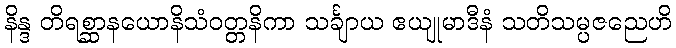
နိန္ဒ တိရစ္ဆာနယောနိသံဝတ္တနိကာ သင်္ချာယ ဧယျုမာဒီနံ သတိသမ္ပဇညေဟိ